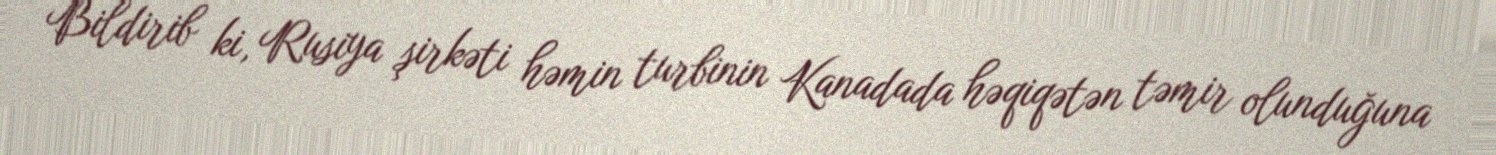
Bildirib ki, Rusiya şirkəti həmin turbinin Kanadada həqiqətən təmir olunduğuna